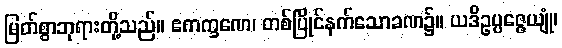
မြတ်စွာဘုရားတို့သည်။ ဧကက္ခဏေ၊ တစ်ပြိုင်နက်သောခဏ၌။ ယဒိဥပ္ပဇ္ဇေယျုံ၊